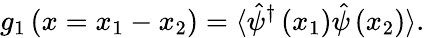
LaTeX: g_{1}\left(x=x_{1}-x_{2}\right)=\langle\hat{\psi}^{\dagger}\left(x_{1}\right)\hat{\psi}\left(x_{2}\right)\rangle.